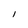
Character: l